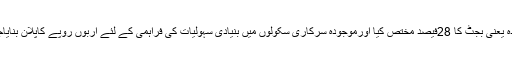
شعبہ تعلیم کے لئے ملک کی تاریخ میں پہلی بار سب سے زیادہ یعنی بجٹ کا 28فیصد مختص کیا اورموجودہ سرکاری سکولوں میں بنیادی سہولیات کی فراہمی کے لئے اربوں روپے کاپلان بنایاجس پر پیرنٹس ٹیچرز کونسل کے ذریعے عملدرآمد جاری ہے۔